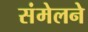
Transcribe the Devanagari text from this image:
संमेलनेे